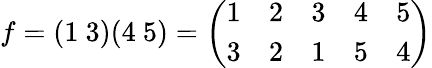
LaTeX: f=(1\ 3)(4\ 5)={\left(\begin{array}{lllll}{1}&{2}&{3}&{4}&{5}\\ {3}&{2}&{1}&{5}&{4}\end{array}\right)}